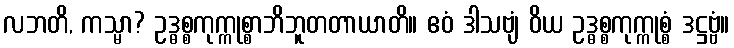
လဘတိ, ကသ္မာ? ဥဒ္ဓစ္စကုက္ကုစ္စာဘိဘူတတာယာတိ။ ဧဝံ ဒါသဗျံ ဝိယ ဥဒ္ဓစ္စကုက္ကုစ္စံ ဒဋ္ဌဗ္ဗံ။